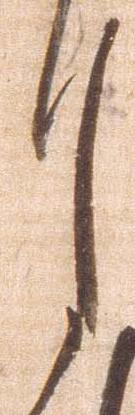
月